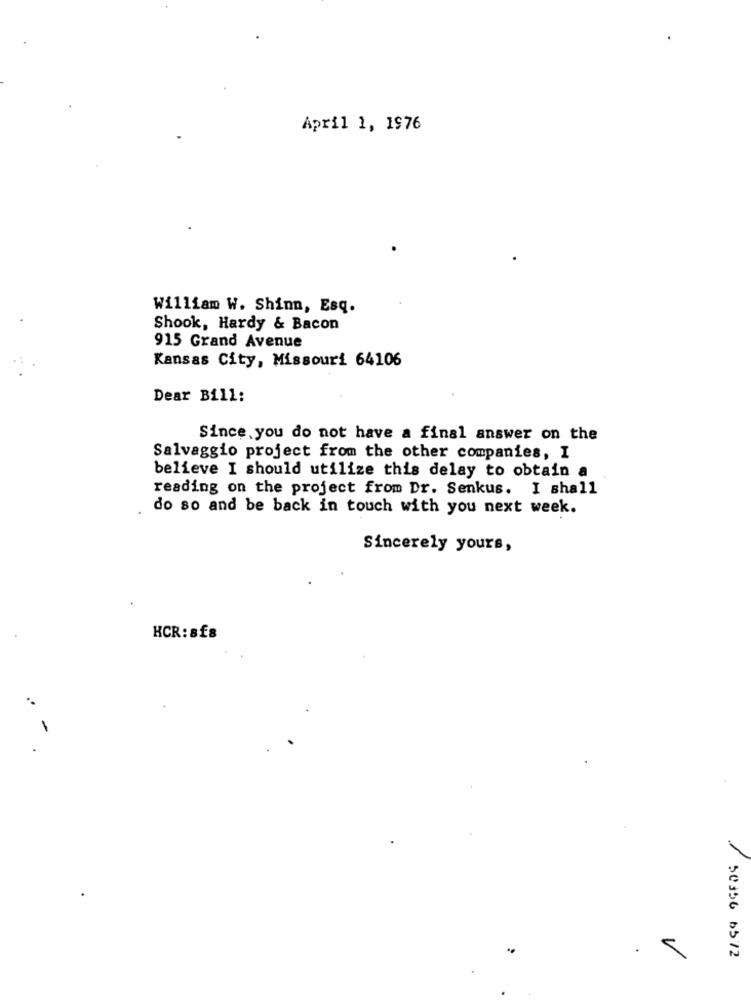
April 1, 1976
William W. Shinn, Esq.
Shook, Hardy & Bacon
915 Grand Avenue
Kansas City, Missouri 64106
Dear Bill:
Since you do not have a final answer on the
Salvaggio project from the other companies, I
believe I should utilize this delay to obtain a
reading on the project from Dr. Senkus. I shall
do so and be back in touch with you next week.
Sincerely yours,
HCR:8£8
.9
/ 50356 6572